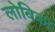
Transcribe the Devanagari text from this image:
लोबिका